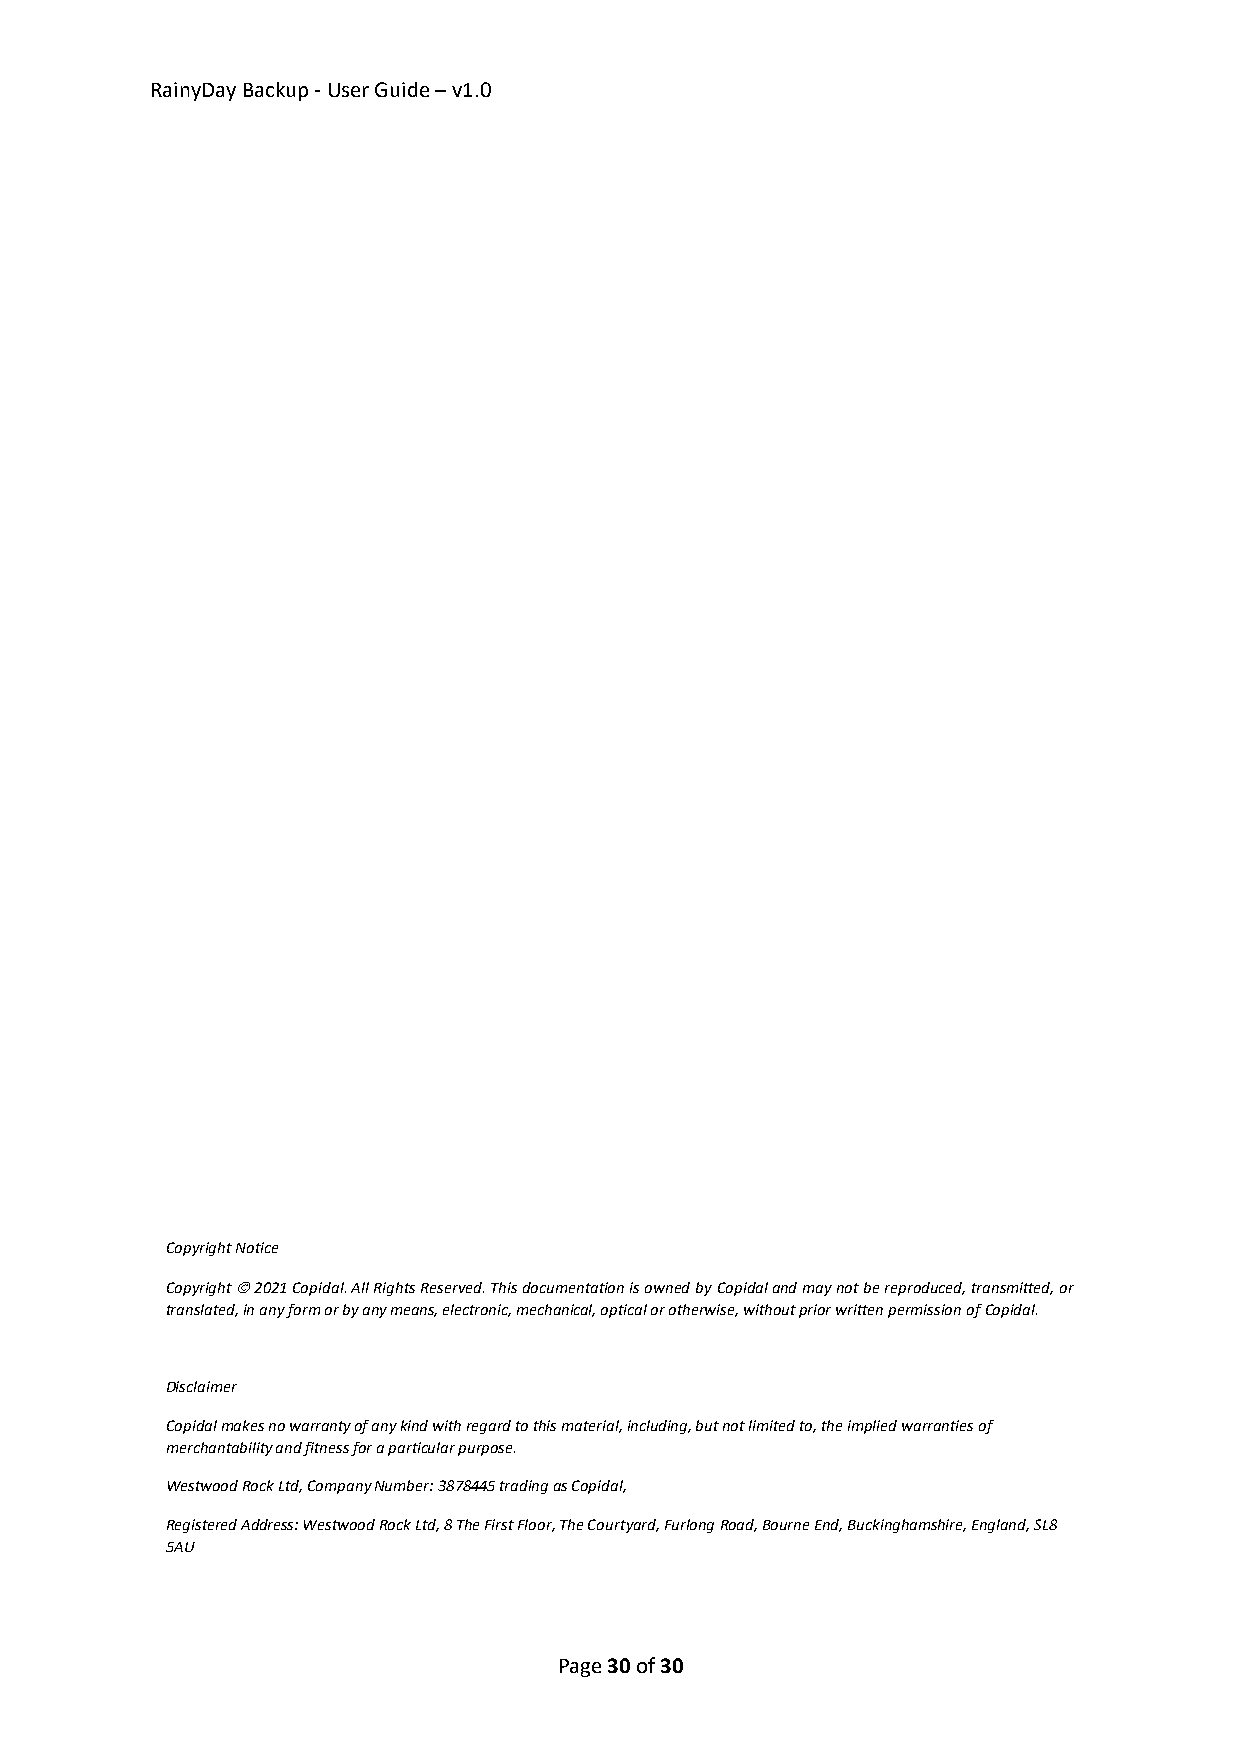
RainyDay Backup - User Guide – v1.0
 Copyright Notice
 Copyright © 2021 Copidal. All Rights Reserved. This documentation is owned by Copidal and may not be reproduced, transmitted, or
 translated, in any form or by any means, electronic, mechanical, optical or otherwise, without prior written permission of Copidal.
 Disclaimer
 Copidal makes no warranty of any kind with regard to this material, including, but not limited to, the implied warranties of
 merchantability and fitness for a particular purpose.
 Westwood Rock Ltd, Company Number: 3878445 trading as Copidal,
 Registered Address: Westwood Rock Ltd, 8 The First Floor, The Courtyard, Furlong Road, Bourne End, Buckinghamshire, England, SL8
 5AU
 Page 30 of 30